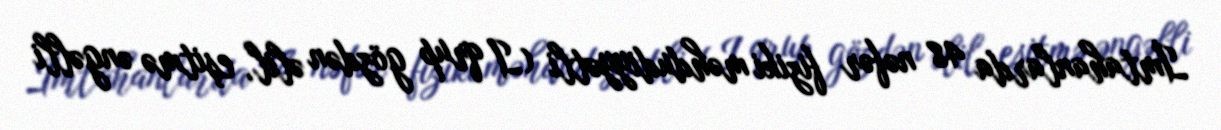
İmtahanlarda 48 nəfər fiziki məhdudiyyətli (I qrup gözdən əlil, eşitmə əngəlli